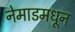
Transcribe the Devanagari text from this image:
नेमाडमधून